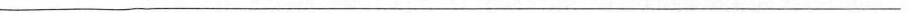
___